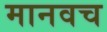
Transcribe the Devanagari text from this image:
मानवच